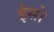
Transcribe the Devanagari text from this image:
ईसो